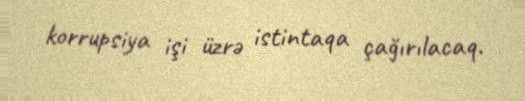
korrupsiya işi üzrə istintaqa çağırılacaq.